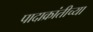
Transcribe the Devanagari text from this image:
पादाक्रांतीच्या